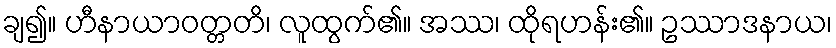
ချ၍။ ဟီနာယာဝတ္တတိ၊ လူထွက်၏။ အဿ၊ ထိုရဟန်း၏။ ဥဿာဒနာယ၊